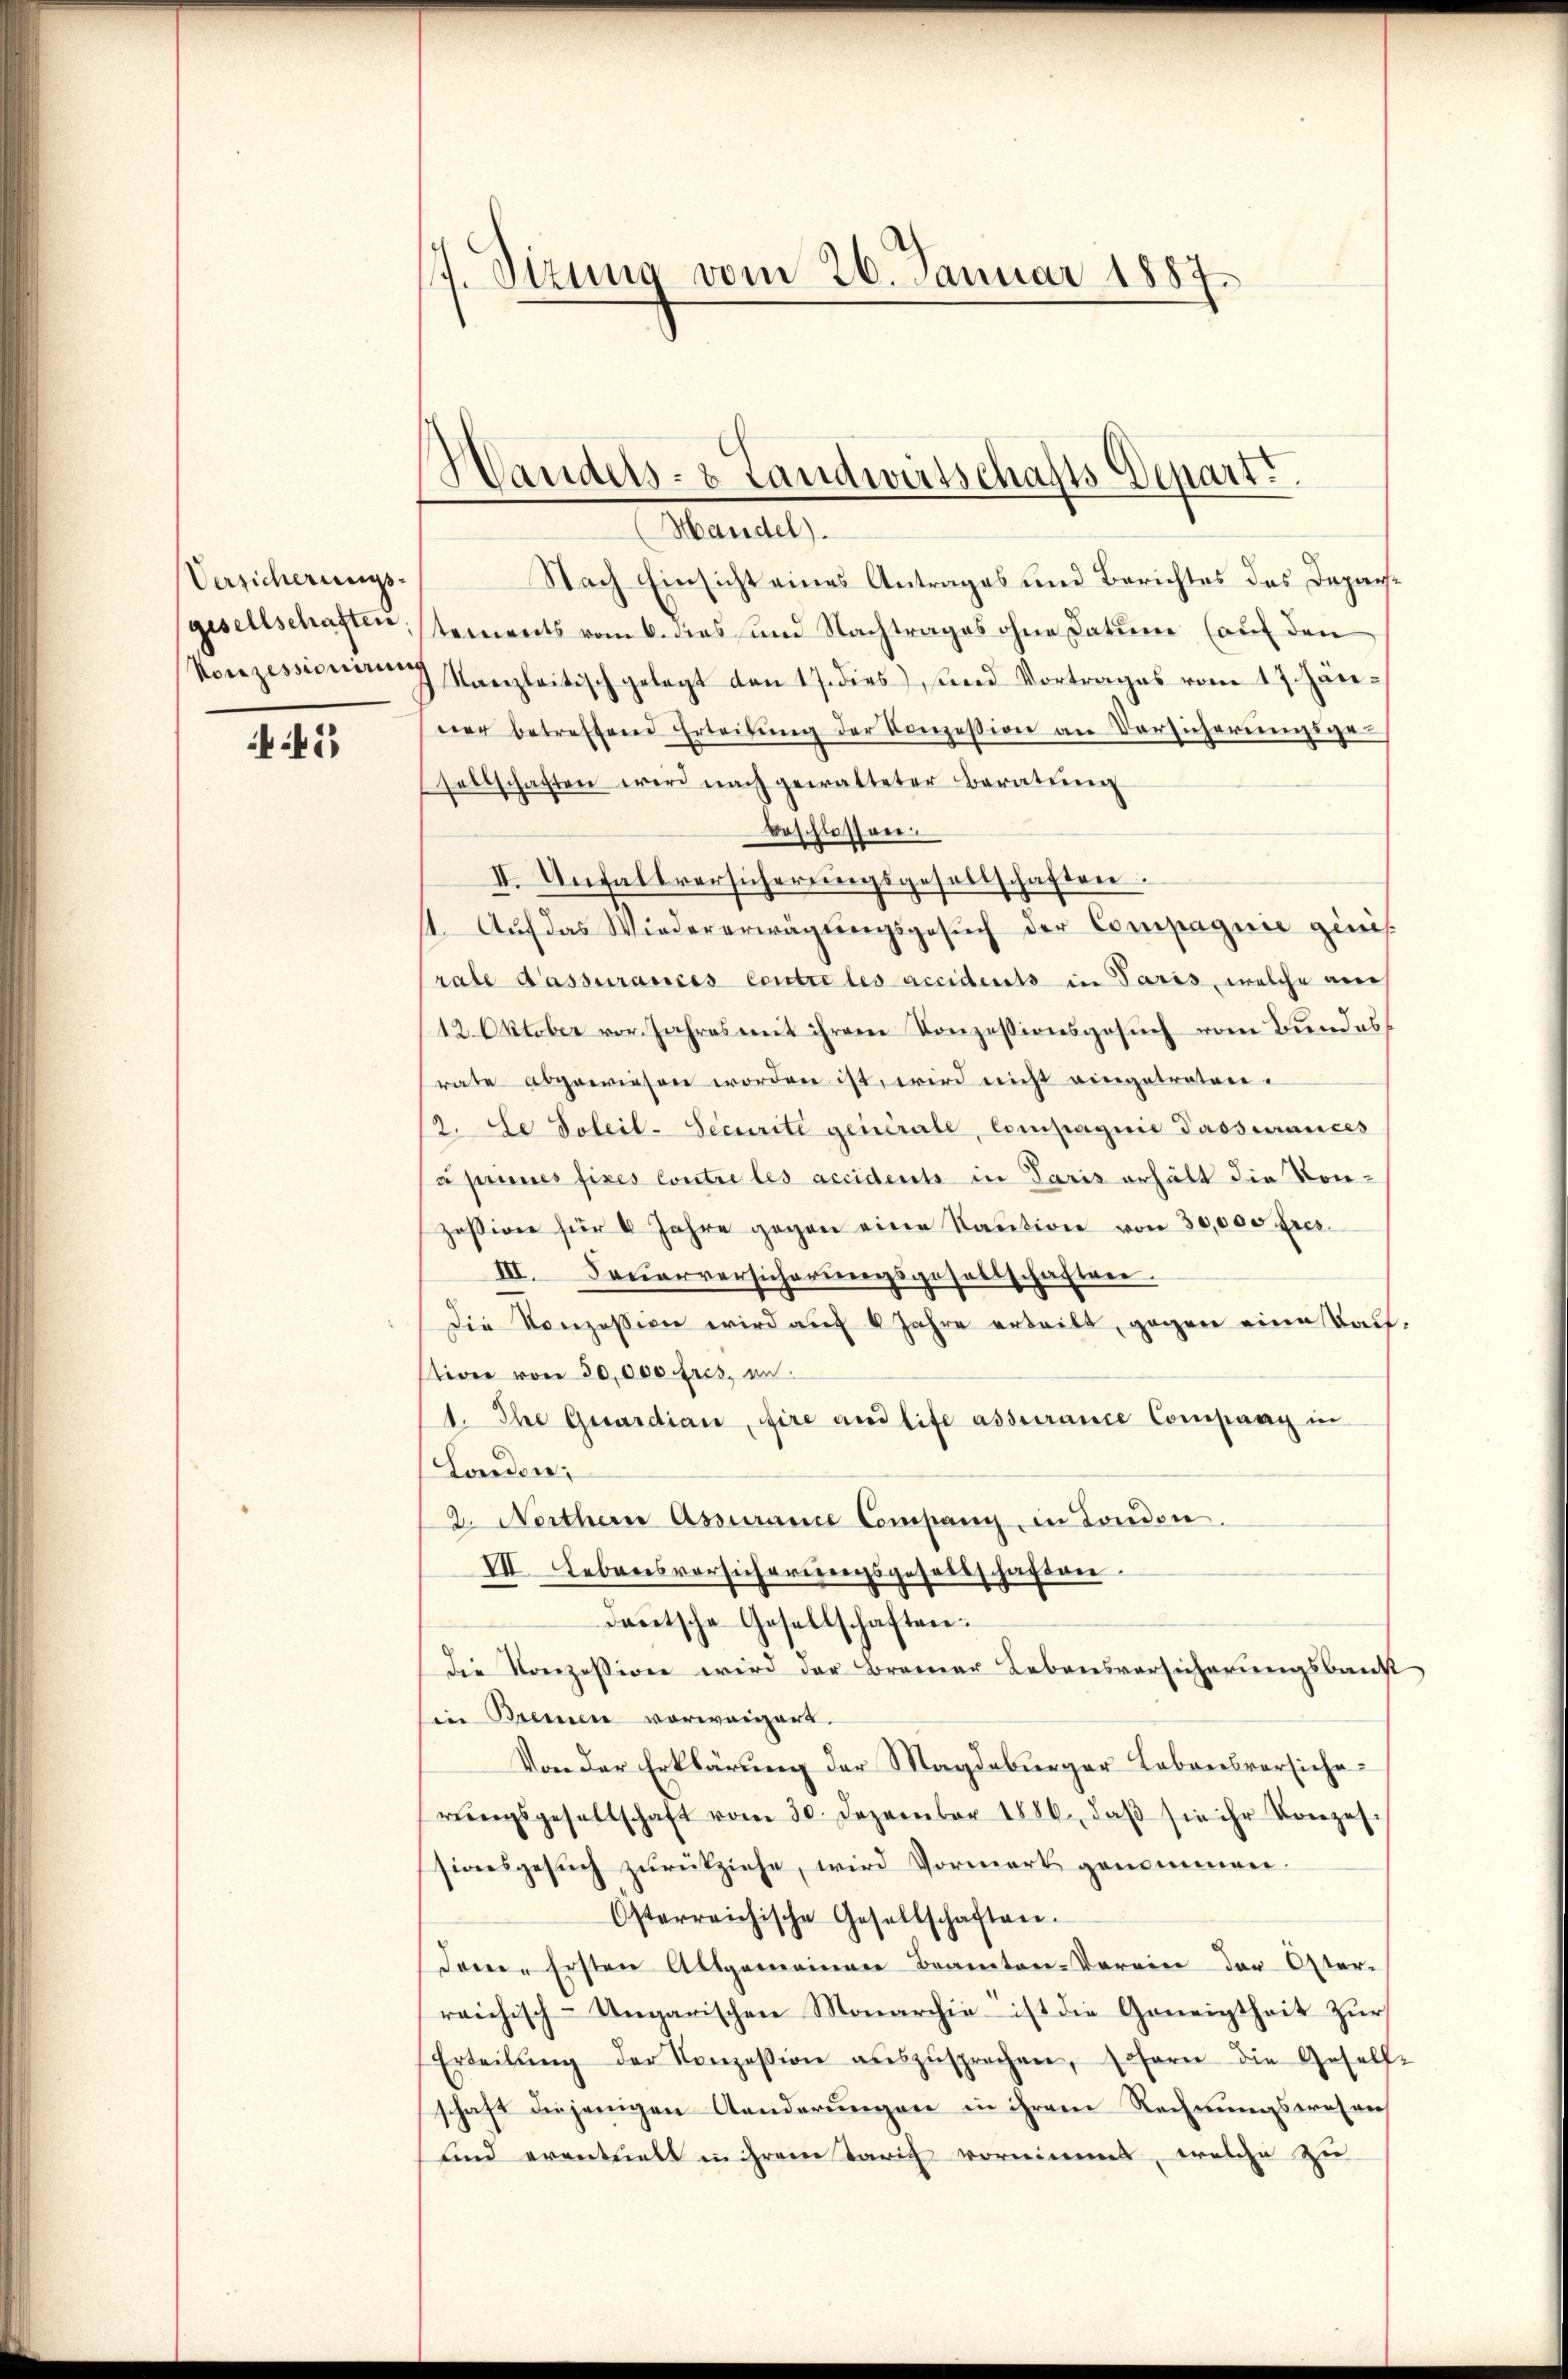
Versicherungs-
gesellschaften
Vonzessionirung

41

17. Sizung vom 26. Januar 1887.

Handels- & Landwirtschafts-Depart
(Handel).

Nach Einsicht eines Antrages und Berichtes des Departements vom 6. dies und Nachtrages ohne Datum (auf den
Kanzleitisch gelegt den 17. dies, und Vortrages vom 17. Jan.
ner betreffend Erteilung der Konzession an Vorsicherungsgesellschaften wird nach gewalteter Beratŭng
beschlossen.
II. Unfallversicherungsgesellschaften.
11. Aŭf das Wiedererwägŭngsgesŭch der Compagnie ginis
rate d’assurances Centre les accidents in Paris, welche auch
12. Oktober vor Jahres mit ihrem Konzessionsgesŭch vom Bundes
rate abgewiesen worden ist, wird nicht vingetratore.
2. Le Soleil-Securite generale, Compagnie Passurances
à peines fixes Contre les accidents in Paris erhält die Kon-
zession für 8 Jahre gegen eine Saution von 30,000 Fres.
III. Feuerversicherungsgesellschaften
Die Konzession wird auf 6 Jahre erteilt, gegen eine Kauftion von 30,000 fres, un
1. Ihre Gesandian, fire and life assurance Company in
London;
2. Northerr Assurance Company in London.
VII. Lebreisversicherungsgesellschaften.
dautsche Gesellschaften.
die Konzession wird der Brenner Lebensversicherŭngsbaust
Ein Bremen vorweigert.
Von der Erklärung der Magdeburger Labonsversiche
rŭngsgesellschaft vom 30. Dezember 1886, daβ sie ihr Konzes.
sionsgesuch zurückziehe, wird Vormerk genommen.
Osterreichische Gesellschaften.
Jone. Ersten Altgemeinen Beamten-Verein der Oster-
reichisch-Ungarischen Monarchie ist die Geneigtheit zur
Erteilŭng der Konzession aŭszŭsprechen, sofern die Gesell-
schaft diejenigen Aenderungen in ihrem Rechnungswesen
und eventuell in Gram tarich vornimmt, welche zu